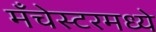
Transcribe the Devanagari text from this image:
मँचेस्टरमध्ये